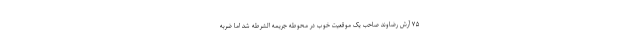
۷۵ آرش رضاوند صاحب یک موقعیت خوب در محوطه جریمه الشرطه شد اما ضربه